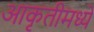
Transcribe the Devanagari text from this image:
आकृतीमध्ये